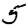
Digit: 5